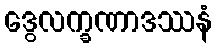
ဒွေလက္ခဏာဒဿနံ